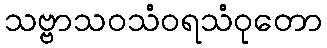
သဗ္ဗာသဝသံဝရသံဝုတော